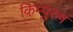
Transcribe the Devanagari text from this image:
किम्पुरुषं